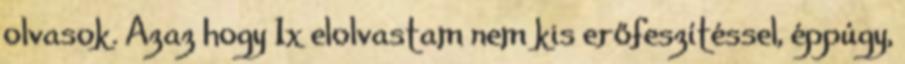
olvasok. Azaz hogy 1x elolvastam nem kis erőfeszítéssel, éppúgy,